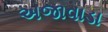
અજાવાડા